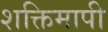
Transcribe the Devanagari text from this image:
शक्तिमापी